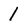
Character: 1